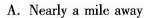
A.Nearly a mile away.